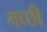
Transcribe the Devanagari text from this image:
गच्छी